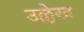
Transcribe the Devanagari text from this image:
उल्ले़ख